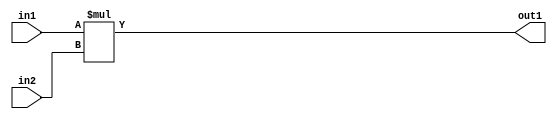
`timescale 1ps / 1ps
/*****************************************************************************
    Verilog RTL Description
    
    
    Created by: Stratus DpOpt 2019.1.01 
*******************************************************************************/

module st_feature_addr_gen_Mul_16U_19_1 (
	in2,
	in1,
	out1
	); /* architecture "behavioural" */ 
input [15:0] in2,
	in1;
output [15:0] out1;
wire [15:0] asc001;

assign asc001 = 
	+(in1 * in2);

assign out1 = asc001;
endmodule

/* CADENCE  ubD1SAA= : u9/ySgnWtBlWxVPRXgAZ4Og= ** DO NOT EDIT THIS LINE ******/